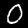
Label: 0